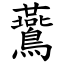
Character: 鷰